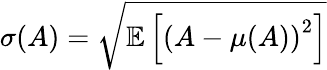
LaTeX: \sigma(A)=\sqrt{\mathbb{E}\left[\left(A-\mu(A)\right)^{2}\right]}